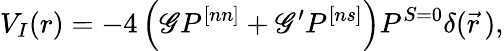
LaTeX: V_{I}(r)=-4\left(\mathscr{G}P^{[nn]}+\mathscr{G}^{\prime}P^{[ns]}\right)P^{S=0}\delta(\vec{{r}}\, ),